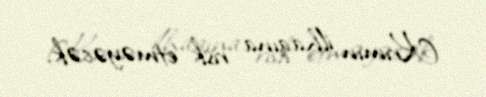
Krımın ilhaqına risk etməyəcək.